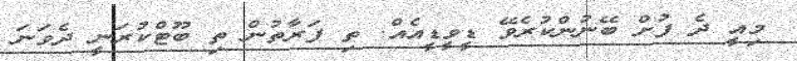
މިއީ ދެ ފުށް ބޭނުންކުރެވޭ ޑީވީޑީއެއް. ތި ފަރާތުން ތި ބޫޓްކުރަނީ ދެވަނަ